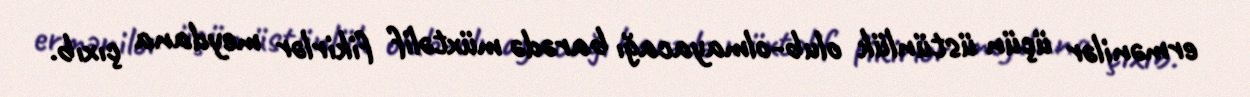
ermənilər üçün üstünlük olub-olmayacağı barədə müxtəlif fikirlər meydana çıxıb.